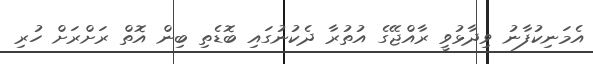
އެމަނިކުފާނު ވިދާޅުވީ ރާއްޖޭގެ އުތުރާ ދެކުނުގައި ބޮޑެތި ބިން އޮތް ރަށްރަށް ހުރި